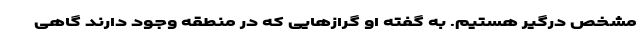
مشخص درگیر هستیم. به گفته او گرازهایی که در منطقه وجود دارند گاهی